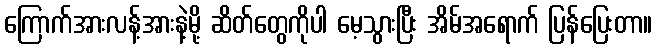
ကြောက်အားလန့်အားနဲ့မို့ ဆိတ်တွေကိုပါ မေ့သွားပြီး အိမ်အရောက် ပြန်ပြေးတာ။